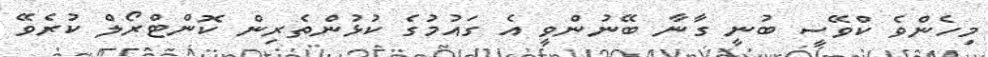
މިހެންވެ ކްވޭސީ ބުނީ ގާނާ ބޭނުންވީ އެ ގައުމުގެ ކުޅުންތެރިން ކޮންޓްރޯލް ކުރެވޭ